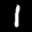
Label: 1